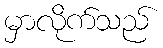
မှာလိုက်သည်